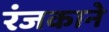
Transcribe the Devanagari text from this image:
रंजकाने